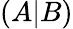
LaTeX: (A|B)